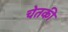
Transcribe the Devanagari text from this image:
चेतकी